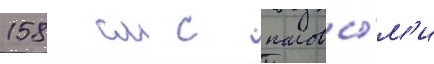
158 см с половы́м'и